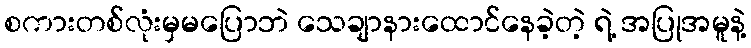
စကားတစ်လုံးမှမပြောဘဲ သေချာနားထောင်နေခဲ့တဲ့ ရဲ့ အပြုအမူနဲ့